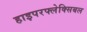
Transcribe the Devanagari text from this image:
हाइपरफ्लेक्सिबल